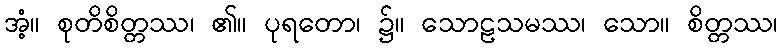
အံ့။ စုတိစိတ္တဿ၊ ၏။ ပုရတော၊ ၌။ သောဠသမဿ၊ သော။ စိတ္တဿ၊